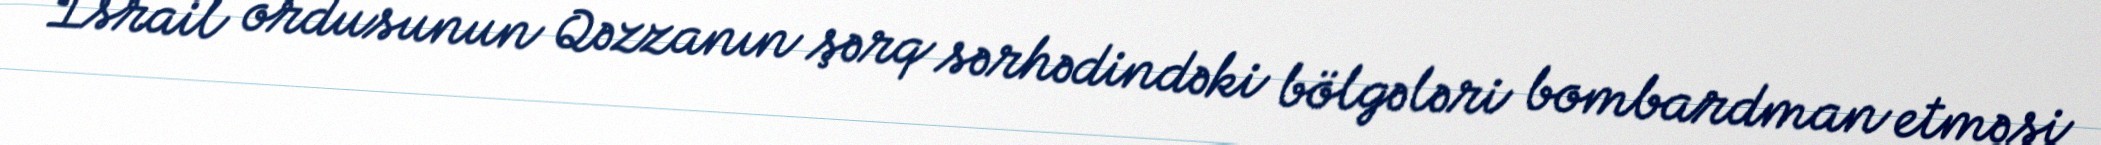
İsrail ordusunun Qəzzanın şərq sərhədindəki bölgələri bombardman etməsi